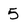
Character: 5